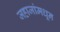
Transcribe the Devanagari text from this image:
जहाजांमधून